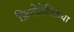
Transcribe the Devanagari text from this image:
फ़िलेडेल्फ़िया